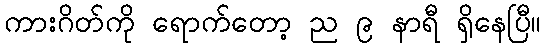
ကားဂိတ်ကို ရောက်တော့ ည ၉ နာရီ ရှိနေပြီ။